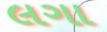
લગા